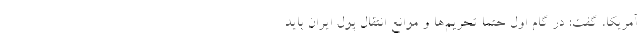
آمریکا، گفت: در گام اول حتما تحریم‌ها و موانع انتقال پول ایران باید